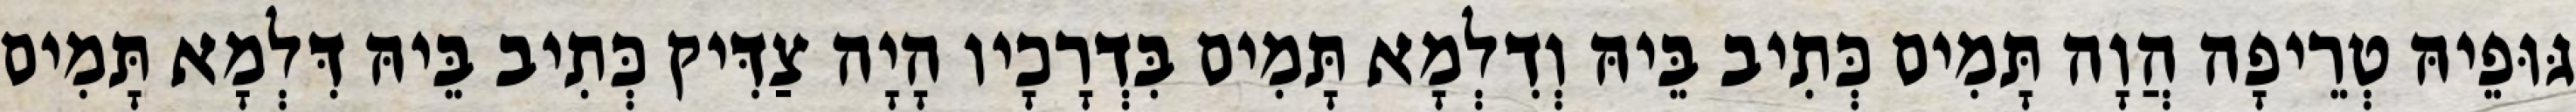
גּוּפֵיהּ טְרֵיפָה הֲוָה תָּמִים כְּתִיב בֵּיהּ וְדִלְמָא תָּמִים בִּדְרָכָיו הָיָה צַדִּיק כְּתִיב בֵּיהּ דִּלְמָא תָּמִים